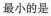
最小的是